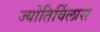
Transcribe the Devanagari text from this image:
ज्योतिर्विलास